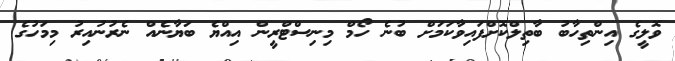
ވޮލީގެ އިންތިހާބު ބާތިލްކޮށްފައިވާކަމަށް ބުނެ ހޯމް މިނިސްޓްރީން އިއްޔެ ބަޔާނެއް ނެރުނުއިރު މިމަހުގެ